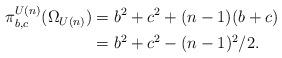
LaTeX: \begin{align*}\begin{aligned} \pi^{U(n)}_{b,c}(\Omega_{U(n)}) &= b^2 + c^2 + (n-1)(b+c)\\ &= b_{}^2 + c_{}^2 - (n-1)^2/2. \end{aligned} \end{align*}